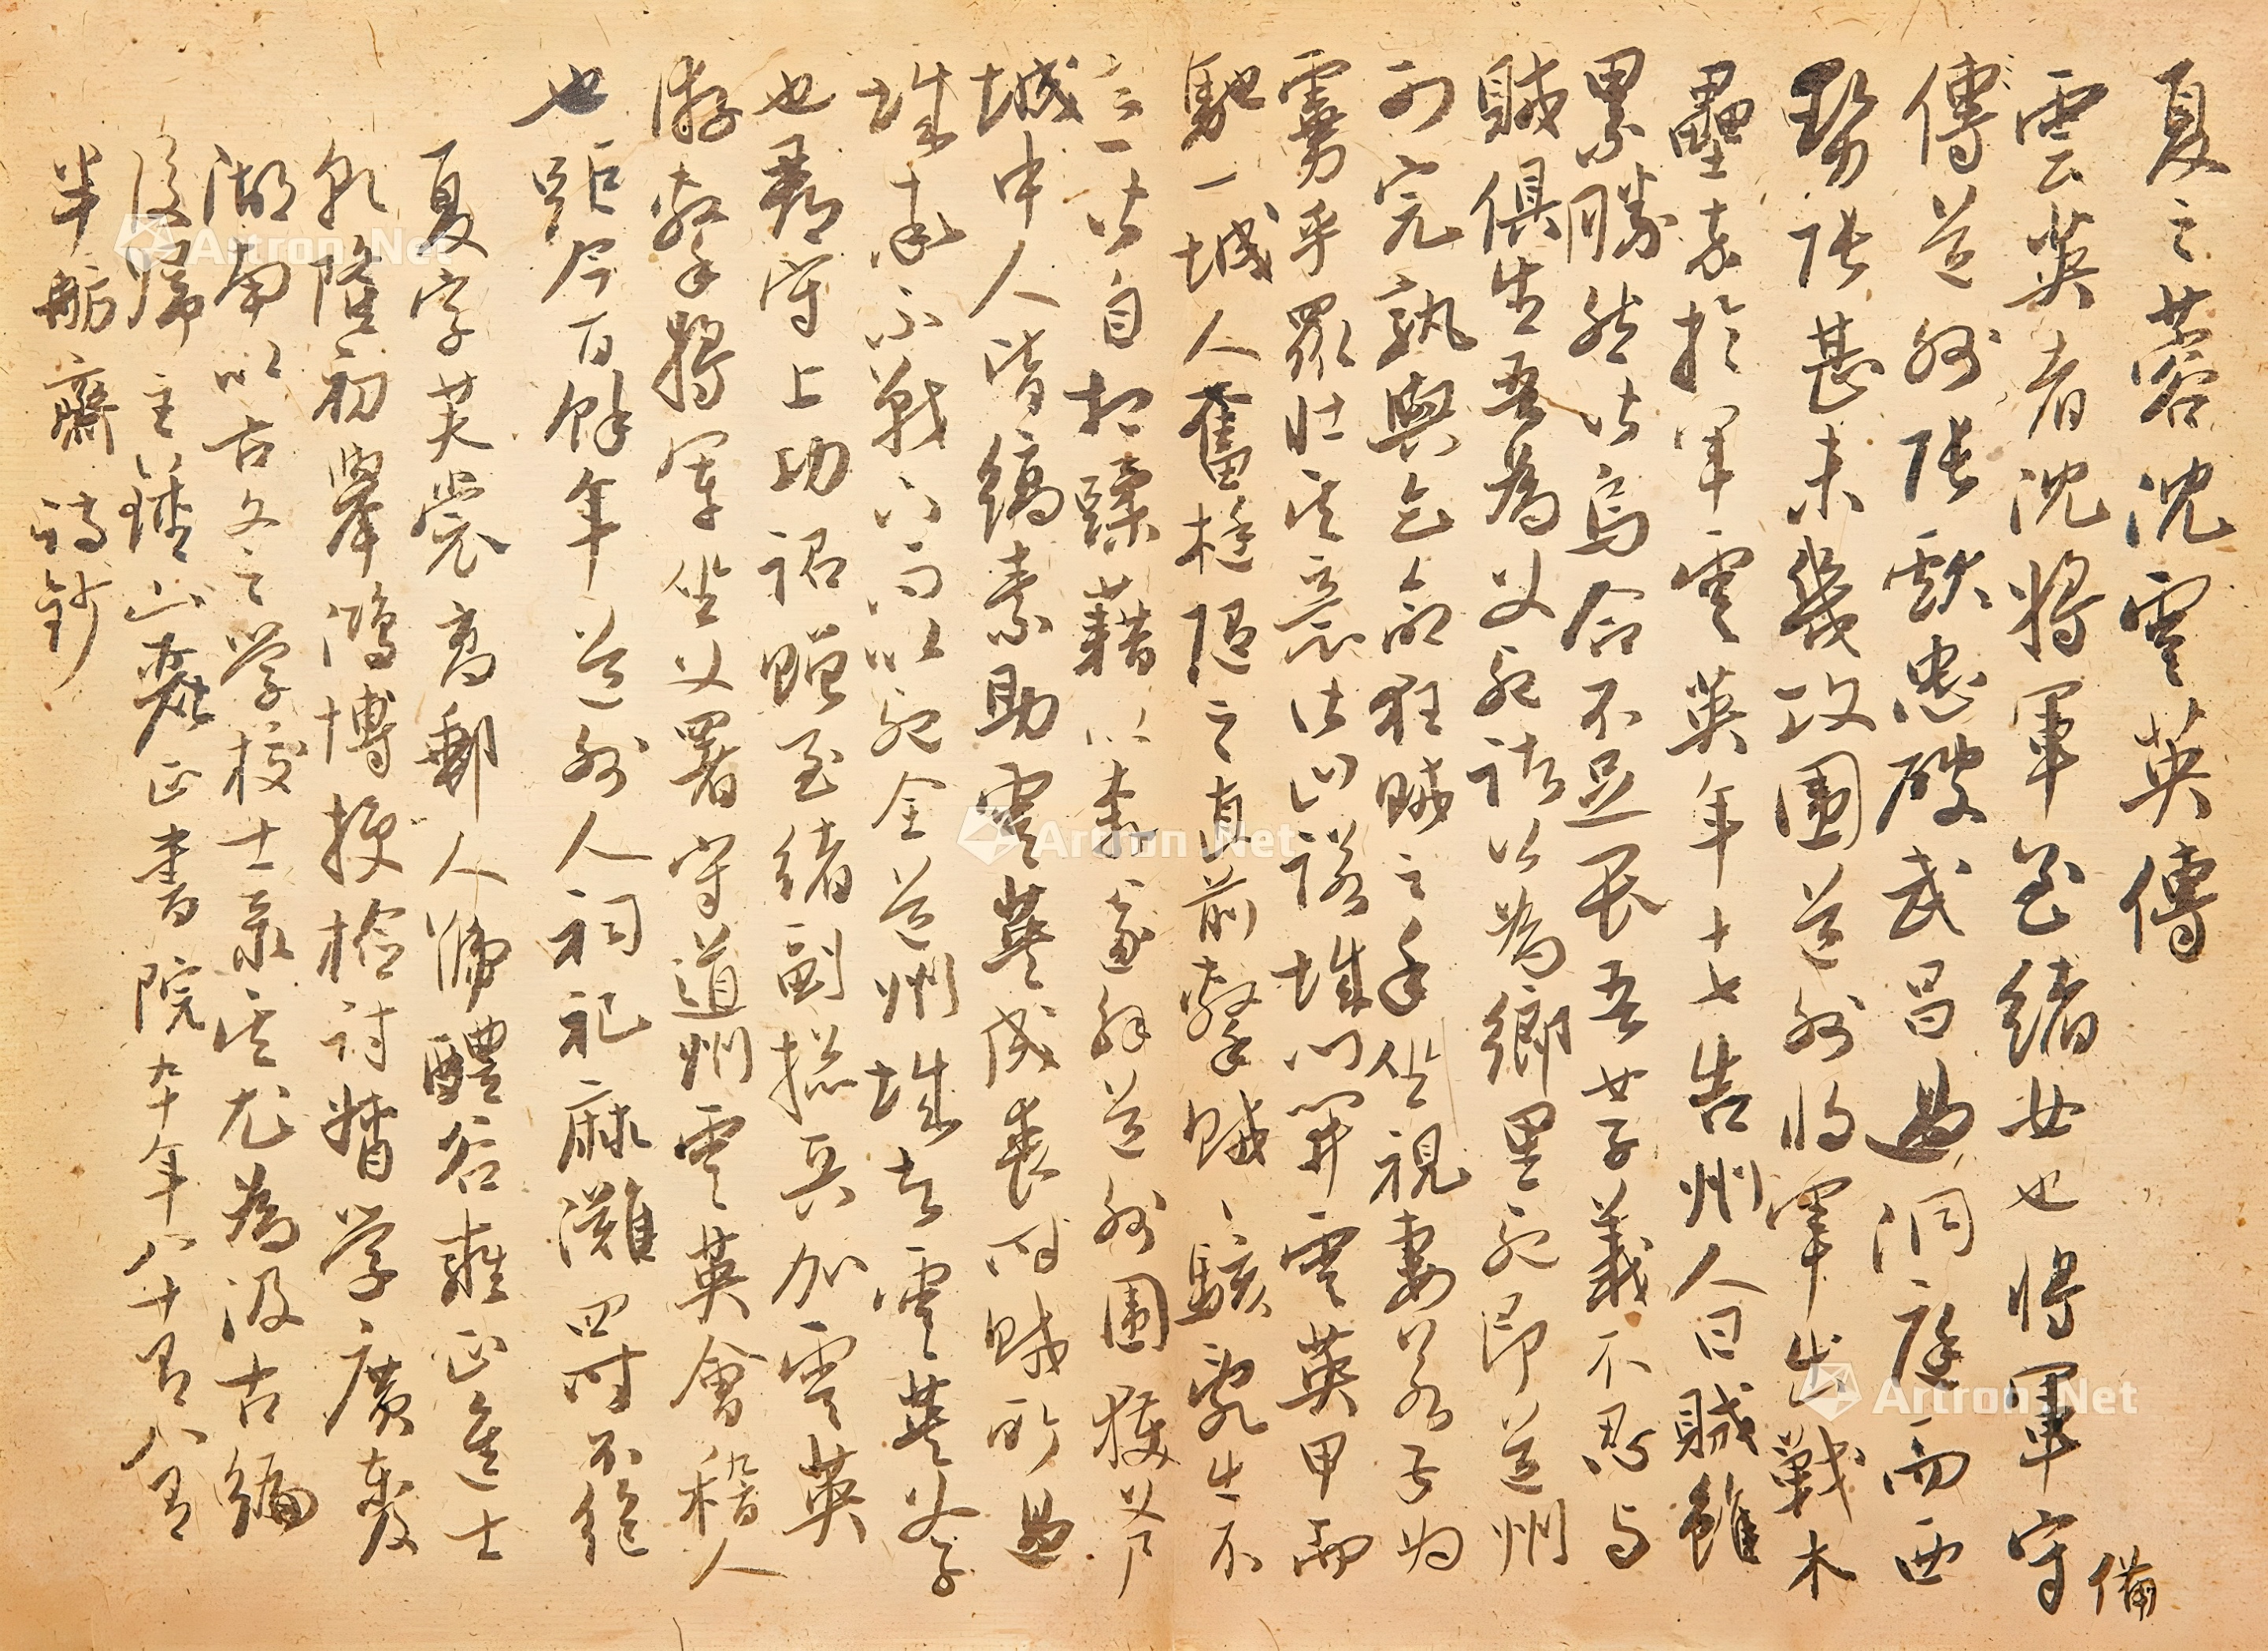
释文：夏之蓉《沈云英传》云英者，沈将军至绪女也。将军守备道州，张献忠破武昌，过洞庭而西，势张甚。未几，攻围道州，将军出战木垒，卒于军。云英年十七，告州人曰:贼虽累胜，然皆乌合，不足畏。吾女子亦不忍与贼俱生。吾为父死，诸公为乡里死，即道州可完，孰与乞命狂贼之手，坐视妻若子为虏乎？众壮其意，皆曰：诺。城门开，云英甲而驰，一城人奋梃随之，直前击贼。贼骇乱，出不意，皆自相蹂借以奔，遂解道州。获父尸，城中人皆缟素助云英成丧。时贼所过城，率不战下，而以死全道州城者，云英父子也。郡守上功，诏赠沉至绪为副总兵，加云英游击将军，坐父署，守道州。云英，会稽人也，距今百馀年。道州人，祠祀麻滩，四时不绝。夏，字芙裳，高邮人，号醴谷，雍正进士，乾隆初，举鸿博，授检讨，督学广东及湖南，以古文之学校士录，其尤为汲古编。后归，主钟山丽正书院，九十年八十有八，有《半舫斋诗钞》。